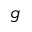
\mathfrak { g }